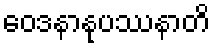
ဝေဒနာနုပဿနာတိ